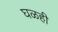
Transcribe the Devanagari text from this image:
घळही